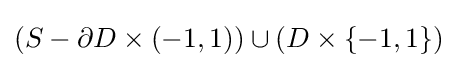
(S-\partial D\times (-1,1))\cup (D\times \{-1,1\})